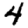
Digit: 4